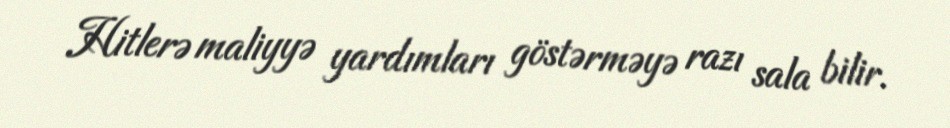
Hitlerə maliyyə yardımları göstərməyə razı sala bilir.